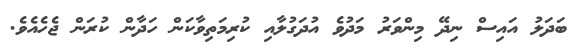
ބަދަލު އައިސް ނިދޭ މިންވަރު މަދުވެ އުދަގުލާއި ކުރިމަތިވާކަން ހަދާން ކުރަން ޖެހެއެވެ.